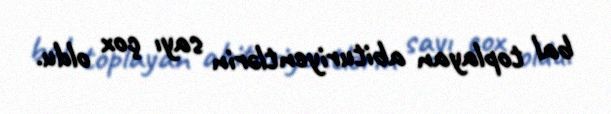
bal toplayan abituriyentlərin sayı çox oldu.